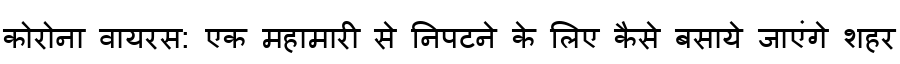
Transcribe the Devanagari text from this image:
कोरोना वायरस: एक महामारी से निपटने के लिए कैसे बसाये जाएंगे शहर